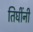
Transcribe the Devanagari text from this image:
तिघींनी